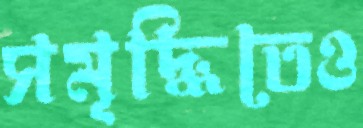
সমৃদ্ধিতেও